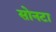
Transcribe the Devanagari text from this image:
सोनटा